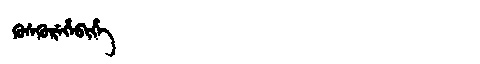
Manchu: ᡴᡠᠰᡴᡠᡵᡝᡥᡝᠪᡳᡥᡝ
Romanization: KUSKUREHEBIHE